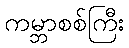
ကမ္ဘာစစ်ကြီး